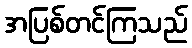
အပြစ်တင်ကြသည်